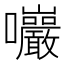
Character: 𡆑